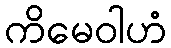
ကိမေဝါဟံ